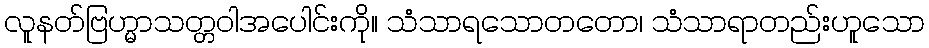
လူနတ်ဗြဟ္မာသတ္တဝါအပေါင်းကို။ သံသာရသောတတော၊ သံသာရာတည်းဟူသော